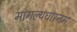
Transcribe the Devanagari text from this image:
मांगल्यधारनम